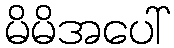
မိမိအပေါ်